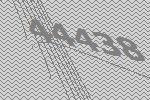
44438